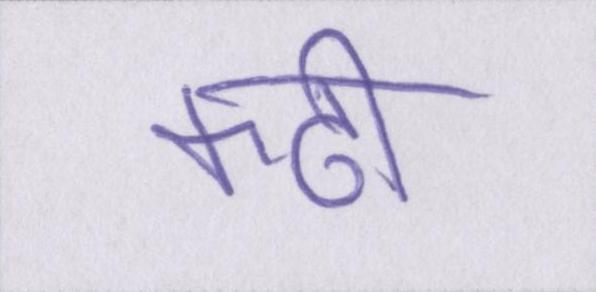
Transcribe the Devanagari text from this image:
कढ़ी